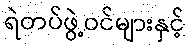
ရဲတပ်ဖွဲ့ဝင်များနှင့်